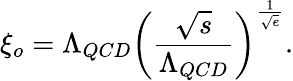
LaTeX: \xi_{o}=\Lambda_{QCD}\left(\frac{\sqrt{s}}{\Lambda_{QCD}}\right)^{\frac{1}{\sqrt{e}}}.